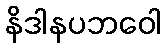
နိဒါနပဘဝေါ